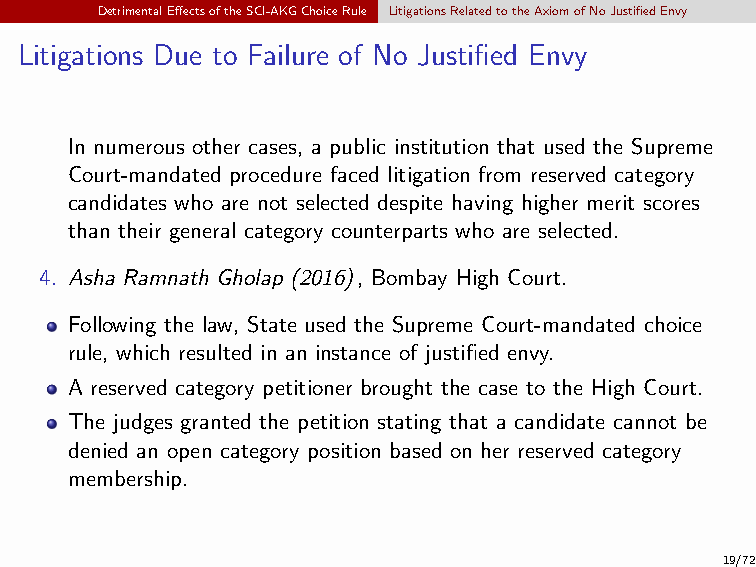
DetrimentalEffectsoftheSCI-AKGChoiceRule LitigationsRelatedtotheAxiomofNoJustifiedEnvy
 Litigations Due to Failure of No Justified Envy
 In numerous other cases, a public institution that used the Supreme
 Court-mandated procedure faced litigation from reserved category
 candidates who are not selected despite having higher merit scores
 than their general category counterparts who are selected.
 4. Asha Ramnath Gholap (2016), Bombay High Court.
 Following the law, State used the Supreme Court-mandated choice
 rule, which resulted in an instance of justified envy.
 A reserved category petitioner brought the case to the High Court.
 The judges granted the petition stating that a candidate cannot be
 denied an open category position based on her reserved category
 membership.
 19/72